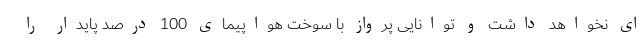
ای نخواهد داشت و توانایی پرواز با سوخت هواپیمای 100 درصد پایدار را